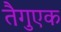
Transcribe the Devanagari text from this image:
तैगुएक